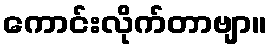
ကောင်းလိုက်တာဗျာ။